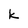
Character: k